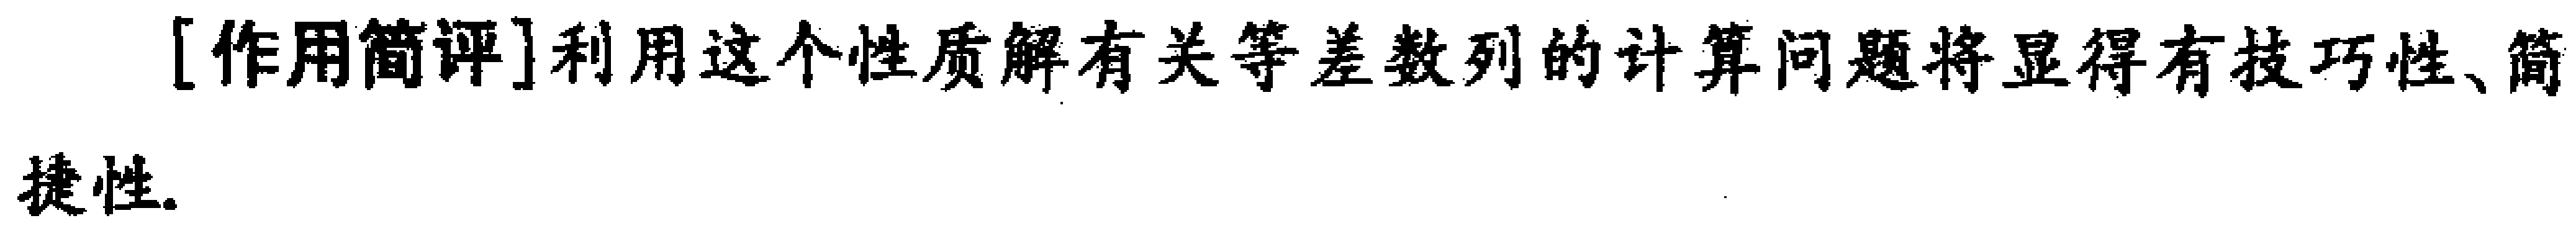
[作用简评]利用这个性质解有关等差数列的计算问题将显得有技巧性、简捷性.